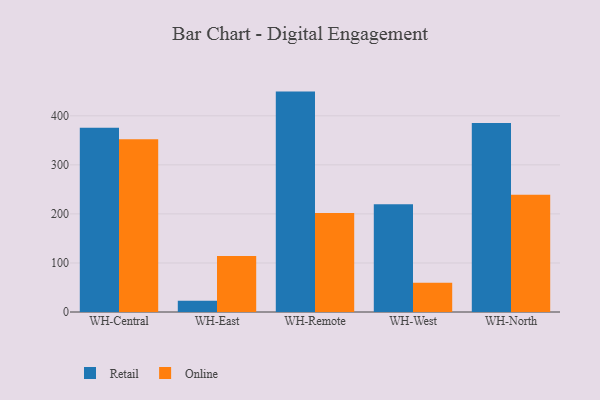
{"axis": {"x": "Warehouse", "y": "Website Visitors"}, "legend": ["Online", "Retail"], "data": [{"x": "WH-Central", "y": 375.7, "type": "Retail"}, {"x": "WH-Central", "y": 352.3, "type": "Online"}, {"x": "WH-East", "y": 23.1, "type": "Retail"}, {"x": "WH-East", "y": 114.2, "type": "Online"}, {"x": "WH-Remote", "y": 449.4, "type": "Retail"}, {"x": "WH-Remote", "y": 201.9, "type": "Online"}, {"x": "WH-West", "y": 219.7, "type": "Retail"}, {"x": "WH-West", "y": 59.7, "type": "Online"}, {"x": "WH-North", "y": 385.6, "type": "Retail"}, {"x": "WH-North", "y": 238.9, "type": "Online"}]}